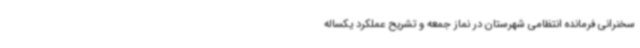
سخنرانی فرمانده انتظامی شهرستان در نماز جمعه و تشریح عملکرد یکساله